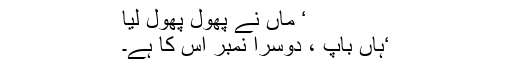
‘ ماں نے پھول پھول لیا
‘ہاں باپ ، دوسرا نمبر اس کا ہے۔